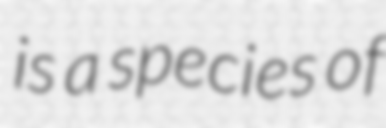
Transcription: is a species of